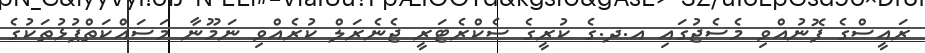
ރައީސްގެ ފޮނުއްވި މެސެޖުގައި އ.ދ.ގެ ކުރީގެ ސެކްރެޓަރީ ޖެނެރަލް ކުރެއްވި ނަމޫނާ މަސައްކަތްޕުޅުތަކުގެ